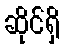
ဆိုင်ရှိ